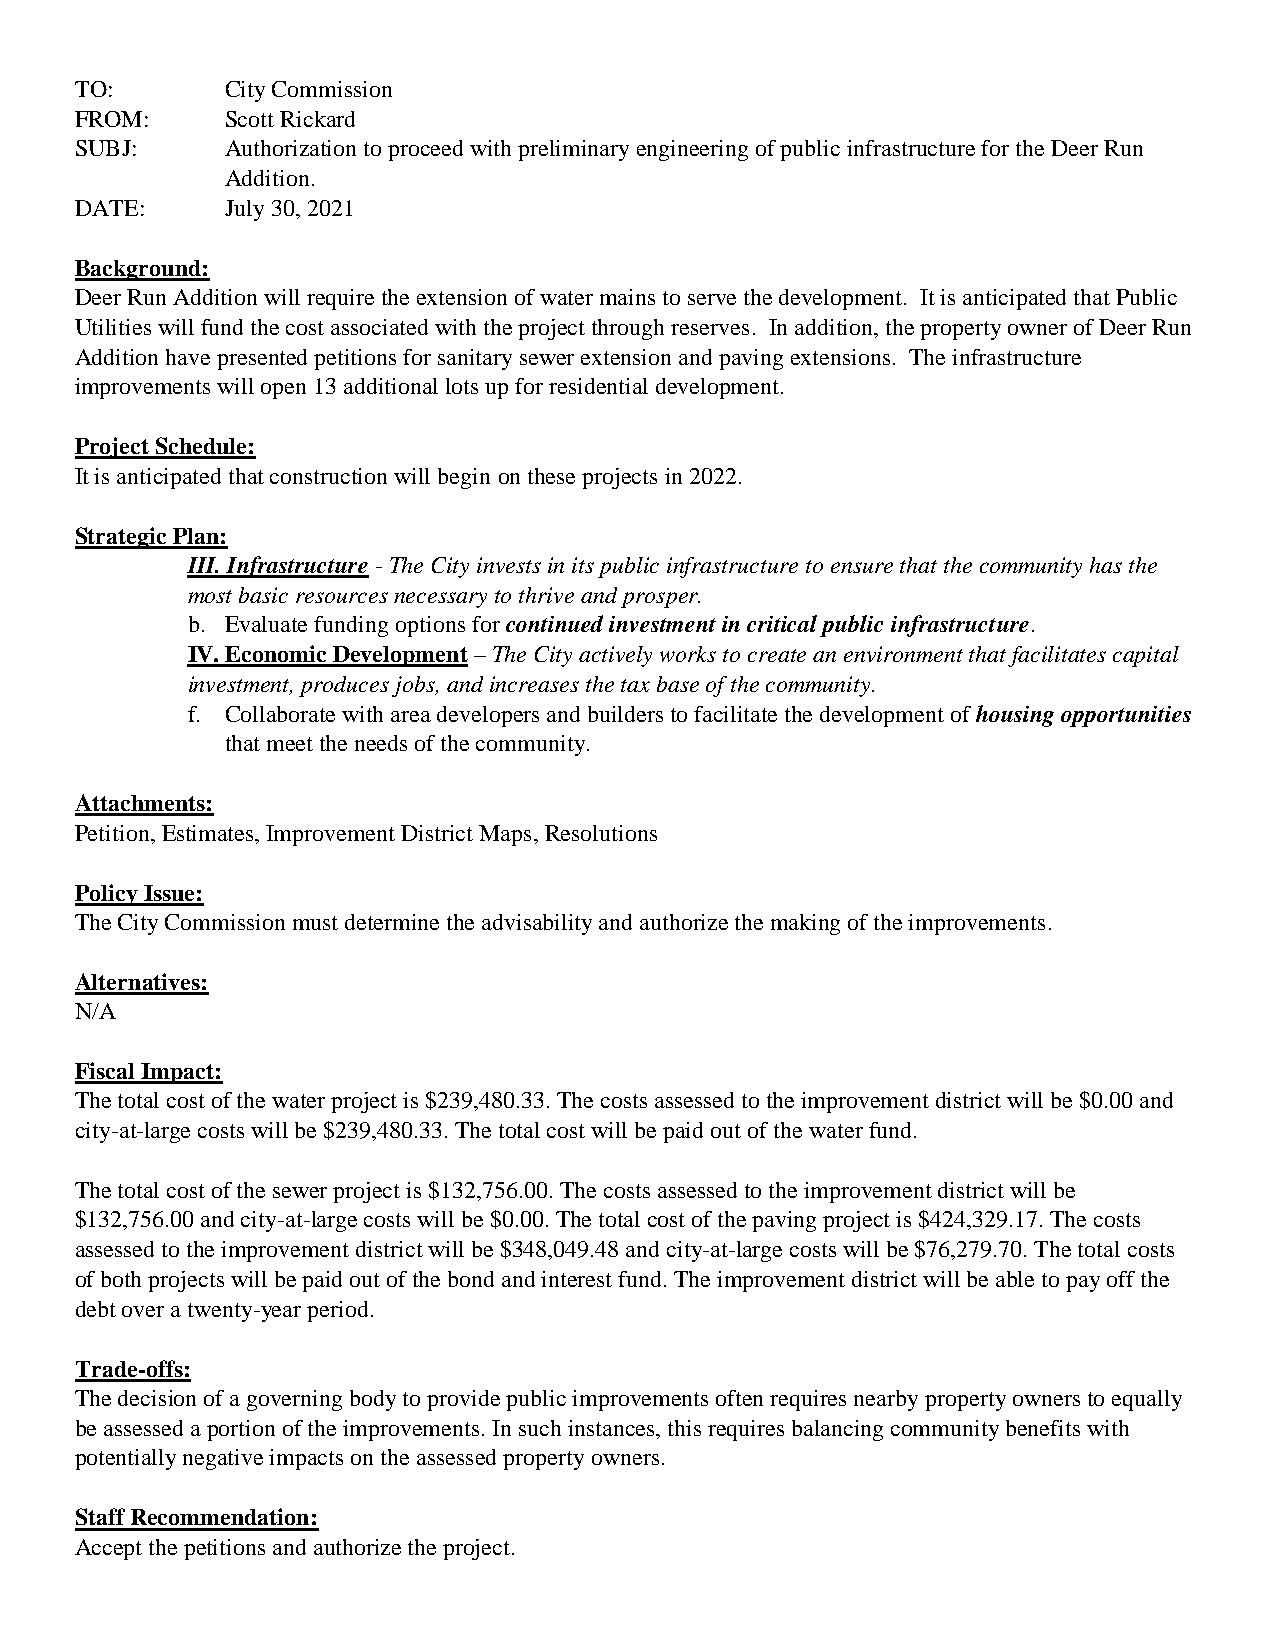
TO:       City Commission
 FROM:     Scott Rickard
 SUBJ:     Authorization to proceed with preliminary engineering of public infrastructure for the Deer Run
 Addition.
 DATE:     July 30, 2021
 Background:
 Deer Run Addition will require the extension of water mains to serve the development. It is anticipated that Public
 Utilities will fund the cost associated with the project through reserves. In addition, the property owner of Deer Run
 Addition have presented petitions for sanitary sewer extension and paving extensions. The infrastructure
 improvements will open 13 additional lots up for residential development.
 Project Schedule:
 It is anticipated that construction will begin on these projects in 2022.
 Strategic Plan:
 III. Infrastructure - The City invests in its public infrastructure to ensure that the community has the
 most basic resources necessary to thrive and prosper.
 b. Evaluate funding options for continued investment in critical public infrastructure.
 IV. Economic Development – The City actively works to create an environment that facilitates capital
 investment, produces jobs, and increases the tax base of the community.
 f. Collaborate with area developers and builders to facilitate the development of housing opportunities
 that meet the needs of the community.
 Attachments:
 Petition, Estimates, Improvement District Maps, Resolutions
 Policy Issue:
 The City Commission must determine the advisability and authorize the making of the improvements.
 Alternatives:
 N/A
 Fiscal Impact:
 The total cost of the water project is $239,480.33. The costs assessed to the improvement district will be $0.00 and
 city-at-large costs will be $239,480.33. The total cost will be paid out of the water fund.
 The total cost of the sewer project is $132,756.00. The costs assessed to the improvement district will be
 $132,756.00 and city-at-large costs will be $0.00. The total cost of the paving project is $424,329.17. The costs
 assessed to the improvement district will be $348,049.48 and city-at-large costs will be $76,279.70. The total costs
 of both projects will be paid out of the bond and interest fund. The improvement district will be able to pay off the
 debt over a twenty-year period.
 Trade-offs:
 The decision of a governing body to provide public improvements often requires nearby property owners to equally
 be assessed a portion of the improvements. In such instances, this requires balancing community benefits with
 potentially negative impacts on the assessed property owners.
 Staff Recommendation:
 Accept the petitions and authorize the project.